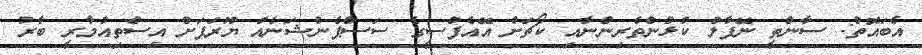
އެބައޮތް: ސާންތީ ނޭޕާލް ކުޅުންތެރިންނާއި ކޯޗަށް އޭއެފްސީގެ ސަސްޕެންޝަނެއް ޔޫރަޕަށް އިސްތިއުމާރީ ބާރު